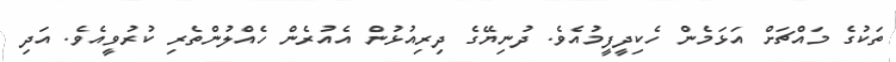
ތަކުގެ މައްޗަށް އަޅަމެން ހެކިދީފީމުއެވެ. ދުނިޔޭގެ ދިރިއުޅުން އެއުރެން ހެއްލުންތެރި ކުރުވީއެވެ. އަދި